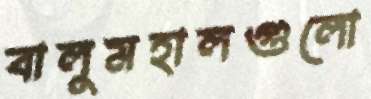
বালুমহালগুলো